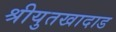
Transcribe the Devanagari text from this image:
श्रीयुतखादाड